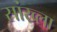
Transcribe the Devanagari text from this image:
सांख्ला